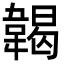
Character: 𩏌